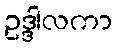
ဥဒ္ဒါလကာ